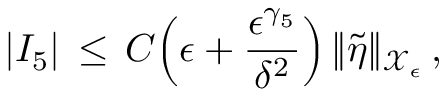
| I _ { 5 } | \, \le \, C \Bigl ( \epsilon + \frac { \epsilon ^ { \gamma _ { 5 } } } { \delta ^ { 2 } } \Bigr ) \, \| \tilde { \eta } \| _ { \mathcal { X } _ { \epsilon } } \, ,